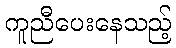
ကူညီပေးနေသည့်